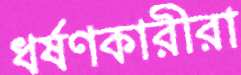
ধর্ষণকারীরা